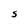
Character: S